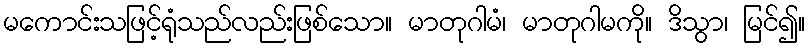
မကောင်းသဖြင့်ရုံသည်လည်းဖြစ်သော။ မာတုဂါမံ၊ မာတုဂါမကို။ ဒိသွာ၊ မြင်၍။